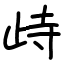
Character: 歭